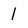
Character: l